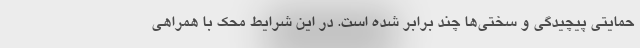
حمایتی پیچیدگی و سختی‌ها چند برابر شده است. در این شرایط محک با همراهی